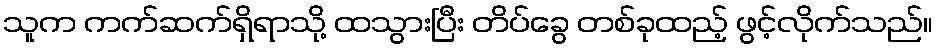
သူက ကက်ဆက်ရှိရာသို့ ထသွားပြီး တိပ်ခွေ တစ်ခုထည့် ဖွင့်လိုက်သည်။